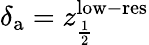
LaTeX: \delta_{\mathrm{a}}=z_{\frac{1}{2}}^{\mathrm{low-res}}